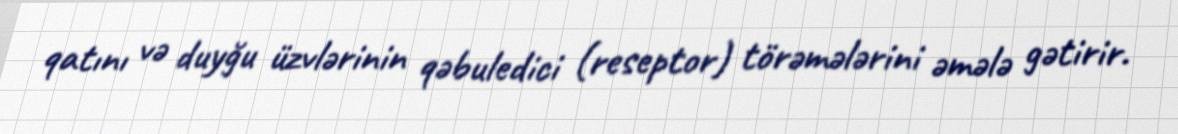
qatını və duyğu üzvlərinin qəbuledici (reseptor) törəmələrini əmələ gətirir.